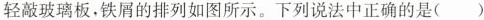
轻敲玻璃板，铁屑的排列如图所示。下列说法中正确的是( )